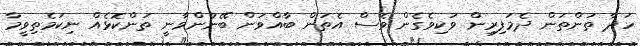
ހަދާ ތަންތަން ދެމަފިރިން ވަކިވެގެން ވެސް އެތަން ބާއްވަން ބޭނުންވާނީ ތަންކޮޅެއް ނިކަމެތިވީމާ